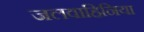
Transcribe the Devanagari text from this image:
जलवाहिनिया